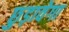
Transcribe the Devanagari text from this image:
छुड़ावेगा